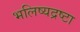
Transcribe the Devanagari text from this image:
भलिष्यद्रष्टा